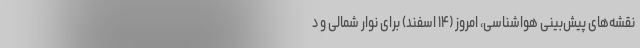
نقشه‌های ‌پیش‌بینی هواشناسی، امروز (۱۴ اسفند) برای نوار شمالی و د